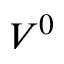
V ^ { 0 }